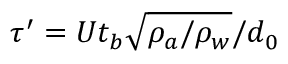
\tau ^ { \prime } = U t _ { b } \sqrt { \rho _ { a } / \rho _ { w } } / d _ { 0 }